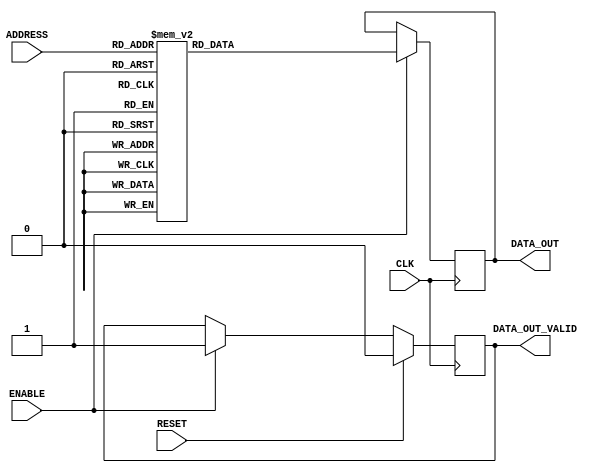
`timescale 1ns/1ps

module ROM_ASIC #(
// Parameters
    parameter   DATA_WIDTH          = 16,
    parameter   ADDR_WIDTH          = 6,
    parameter   INIT                = "weight.txt",
    parameter   TYPE                = "block",
    parameter   ROM_DEPTH           = 1<<ADDR_WIDTH
) (
// Port Declarations
    input  wire                         CLK,
    input  wire                         RESET,
    input  wire  [ADDR_WIDTH-1:0]       ADDRESS,
    input  wire                         ENABLE,
    output reg   [DATA_WIDTH-1:0]       DATA_OUT,
    output reg                          DATA_OUT_VALID
);

// ******************************************************************
// Internal variables
// ******************************************************************

  localparam DEPTH = ROM_DEPTH;

  reg     [DATA_WIDTH-1:0]        rdata;
  wire     [ADDR_WIDTH-1:0]        address;

  assign address = ADDRESS;


  // `include "instructions.v"   // TODO
  always @(*) begin
	case(address)
/*****************************************************************************************/
//
// read [True, False, False, False]
// ['x(0,)', 'x(1,)', 'x(2,)', 'x(3,)', None, None, None, None, None, None, None, None, None, None, None, None]
// Data values: [2, 9, 6, 3, None, None, None, None, None, None, None, None, None, None, None, None]
// Dest PEs: [1, 2, 3, 4, None, None, None, None, None, None, None, None, None, None, None, None]
6'd0: rdata =    56'b00000000000000000000000000000000000000000000000000000001;
//
// shift amount: 15, Lanes IDs: [1, 2, 3, 4]
6'd1: rdata =    56'b00000000000000000000000000000000000100100100100001011111;
//
// read [True, False, False, False]
// ['x(4,)', 'x(5,)', 'x(7,)', 'x(8,)', None, None, None, None, None, None, None, None, None, None, None, None]
// Data values: [2, 1, 8, 6, None, None, None, None, None, None, None, None, None, None, None, None]
// Dest PEs: [5, 6, 7, 9, None, None, None, None, None, None, None, None, None, None, None, None]
6'd2: rdata =    56'b00000000000000000000000000000000000000000000000000000001;
//
// shift amount: 10, Lanes IDs: [9]
6'd3: rdata =    56'b00000000000000000000100000000000000000000000000001011010;
//
// shift amount: 11, Lanes IDs: [5, 6, 7]
6'd4: rdata =    56'b00000000000000000000000000100100100000000000000001011011;
//
// read [True, False, False, False]
// ['x(9,)', 'x(10,)', 'x(11,)', 'x(12,)', None, None, None, None, None, None, None, None, None, None, None, None]
// Data values: [3, 9, 9, 4, None, None, None, None, None, None, None, None, None, None, None, None]
// Dest PEs: [10, 11, 12, 13, None, None, None, None, None, None, None, None, None, None, None, None]
6'd5: rdata =    56'b00000000000000000000000000000000000000000000000000000001;
//
// shift amount: 6, Lanes IDs: [10, 11, 12, 13]
6'd6: rdata =    56'b00000000100100100100000000000000000000000000000001010110;
//
// read [True, False, False, False]
// ['x(14,)', 'x(15,)', 'x(16,)', 'x(17,)', None, None, None, None, None, None, None, None, None, None, None, None]
// Data values: [9, 3, 1, 1, None, None, None, None, None, None, None, None, None, None, None, None]
// Dest PEs: [14, 15, 17, 18, None, None, None, None, None, None, None, None, None, None, None, None]
6'd7: rdata =    56'b00000000000000000000000000000000000000000000000000000001;
//
// shift amount: 1, Lanes IDs: [1, 2]
6'd8: rdata =    56'b00000000000000000000000000000000000000001101100001010001;
//
// shift amount: 2, Lanes IDs: [14, 15]
6'd9: rdata =    56'b00100100000000000000000000000000000000000000000001010010;
//
// read [True, False, False, False]
// ['x(18,)', 'x(19,)', 'x(21,)', 'x(22,)', None, None, None, None, None, None, None, None, None, None, None, None]
// Data values: [1, 0, 3, 9, None, None, None, None, None, None, None, None, None, None, None, None]
// Dest PEs: [19, 20, 21, 22, None, None, None, None, None, None, None, None, None, None, None, None]
6'd10: rdata =   56'b00000000000000000000000000000000000000000000000000000001;
//
// shift amount: 13, Lanes IDs: [3, 4, 5, 6]
6'd11: rdata =   56'b00000000000000000000000000001101101101100000000001011101;
//
// read [True, False, False, False]
// ['x(24,)', 'x(25,)', 'x(27,)', 'x(28,)', None, None, None, None, None, None, None, None, None, None, None, None]
// Data values: [2, 5, 9, 3, None, None, None, None, None, None, None, None, None, None, None, None]
// Dest PEs: [23, 25, 26, 27, None, None, None, None, None, None, None, None, None, None, None, None]
6'd12: rdata =   56'b00000000000000000000000000000000000000000000000000000001;
//
// shift amount: 8, Lanes IDs: [9, 10, 11]
6'd13: rdata =   56'b00000000000001101101100000000000000000000000000001011000;
//
// shift amount: 9, Lanes IDs: [7]
6'd14: rdata =   56'b00000000000000000000000001100000000000000000000001011001;
//
// read [True, False, False, False]
// ['x(29,)', 'x(30,)', 'x(31,)', 'x(32,)', None, None, None, None, None, None, None, None, None, None, None, None]
// Data values: [0, 5, 1, 0, None, None, None, None, None, None, None, None, None, None, None, None]
// Dest PEs: [28, 29, 30, 31, None, None, None, None, None, None, None, None, None, None, None, None]
6'd15: rdata =   56'b00000000000000000000000000000000000000000000000000000001;
//
// shift amount: 4, Lanes IDs: [12, 13, 14, 15]
6'd16: rdata =   56'b01101101101100000000000000000000000000000000000001010100;
//
// read [True, False, False, False]
// ['x(34,)', 'x(35,)', 'x(36,)', 'x(37,)', None, None, None, None, None, None, None, None, None, None, None, None]
// Data values: [1, 5, 3, 5, None, None, None, None, None, None, None, None, None, None, None, None]
// Dest PEs: [33, 34, 35, 36, None, None, None, None, None, None, None, None, None, None, None, None]
6'd17: rdata =   56'b00000000000000000000000000000000000000000000000000000001;
//
// shift amount: 15, Lanes IDs: [1, 2, 3, 4]
6'd18: rdata =   56'b00000000000000000000000000000000010110110110100001011111;
//
// read [True, False, False, False]
// ['x(38,)', 'x(39,)', 'x(41,)', 'x(42,)', None, None, None, None, None, None, None, None, None, None, None, None]
// Data values: [3, 8, 1, 5, None, None, None, None, None, None, None, None, None, None, None, None]
// Dest PEs: [37, 38, 39, 41, None, None, None, None, None, None, None, None, None, None, None, None]
6'd19: rdata =   56'b00000000000000000000000000000000000000000000000000000001;
//
// shift amount: 10, Lanes IDs: [9]
6'd20: rdata =   56'b00000000000000000010100000000000000000000000000001011010;
//
// shift amount: 11, Lanes IDs: [5, 6, 7]
6'd21: rdata =   56'b00000000000000000000000010110110100000000000000001011011;
//
// read [True, False, False, False]
// ['x(43,)', 'x(44,)', 'x(45,)', 'x(46,)', None, None, None, None, None, None, None, None, None, None, None, None]
// Data values: [0, 0, 4, 3, None, None, None, None, None, None, None, None, None, None, None, None]
// Dest PEs: [42, 43, 44, 45, None, None, None, None, None, None, None, None, None, None, None, None]
6'd22: rdata =   56'b00000000000000000000000000000000000000000000000000000001;
//
// shift amount: 6, Lanes IDs: [10, 11, 12, 13]
6'd23: rdata =   56'b00000010110110110100000000000000000000000000000001010110;
//
// read [True, False, False, False]
// ['x(48,)', 'x(49,)', 'x(51,)', 'x(52,)', None, None, None, None, None, None, None, None, None, None, None, None]
// Data values: [7, 0, 5, 2, None, None, None, None, None, None, None, None, None, None, None, None]
// Dest PEs: [46, 47, 49, 50, None, None, None, None, None, None, None, None, None, None, None, None]
6'd24: rdata =   56'b00000000000000000000000000000000000000000000000000000001;
//
// shift amount: 1, Lanes IDs: [1, 2]
6'd25: rdata =   56'b00000000000000000000000000000000000000011111100001010001;
//
// shift amount: 2, Lanes IDs: [14, 15]
6'd26: rdata =   56'b10110100000000000000000000000000000000000000000001010010;
//
// read [True, False, False, False]
// ['x(6,)', 'x(13,)', 'x(20,)', 'x(23,)', None, None, None, None, None, None, None, None, None, None, None, None]
// Data values: [6, 9, 6, 2, None, None, None, None, None, None, None, None, None, None, None, None]
// Dest PEs: [51, 52, 53, 54, None, None, None, None, None, None, None, None, None, None, None, None]
6'd27: rdata =   56'b00000000000000000000000000000000000000000000000000000001;
//
// shift amount: 13, Lanes IDs: [3, 4, 5, 6]
6'd28: rdata =   56'b00000000000000000000000000011111111111100000000001011101;
//
// read [True, False, False, False]
// ['x(26,)', 'x(33,)', 'x(40,)', 'x(47,)', None, None, None, None, None, None, None, None, None, None, None, None]
// Data values: [7, 8, 8, 0, None, None, None, None, None, None, None, None, None, None, None, None]
// Dest PEs: [55, 57, 58, 59, None, None, None, None, None, None, None, None, None, None, None, None]
6'd29: rdata =   56'b00000000000000000000000000000000000000000000000000000001;
//
// shift amount: 8, Lanes IDs: [9, 10, 11]
6'd30: rdata =   56'b00000000000011111111100000000000000000000000000001011000;
//
// shift amount: 9, Lanes IDs: [7]
6'd31: rdata =   56'b00000000000000000000000011100000000000000000000001011001;
//
// read [True, False, False, False]
// ['x(50,)', 'x(53,)', 'y', None, None, None, None, None, None, None, None, None, None, None, None, None]
// Data values: [6, 4, 3, None, None, None, None, None, None, None, None, None, None, None, None, None]
// Dest PEs: [60, 61, 34, None, None, None, None, None, None, None, None, None, None, None, None, None]
6'd32: rdata =   56'b00000000000000000000000000000000000000000000000000000001;
//
// shift amount: 0, Lanes IDs: [2]
6'd33: rdata =   56'b00000000000000000000000000000000000000010100000001010000;
//
// shift amount: 4, Lanes IDs: [12, 13]
6'd34: rdata =   56'b00000011111100000000000000000000000000000000000001010100;
//
// wfi
6'd35: rdata =   56'b00000000000000000000000000000000000000000000000001100000;
//
// loop
6'd36: rdata =   56'b00000000000000000000000000000000000000000000000001110000;/****************************************************************************************/
default: rdata = 56'b00000000000000000000000000000000000000000000000001110000;

	endcase
	end

    //reg     [ADDR_WIDTH-1:0]        address;

// ******************************************************************
// Read Logic
// ******************************************************************

    always @ (posedge CLK)
    begin : READ_VALID
        if (RESET) begin
            DATA_OUT_VALID <= 1'b0;
        end else if (ENABLE) begin
            DATA_OUT_VALID <= 1'b1;
        end
    end



 always @(posedge CLK) begin
    if (ENABLE)
        DATA_OUT <= rdata;
end

endmodule